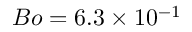
B o = 6 . 3 \times 1 0 ^ { - 1 }